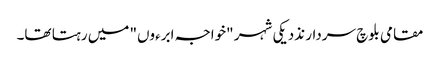
مقامی بلوچ سردار نذدیکی شہر "خواجہ ابرءوں" میں رہتا تھا۔